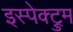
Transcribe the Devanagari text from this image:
इस्पेक्ट्रुम